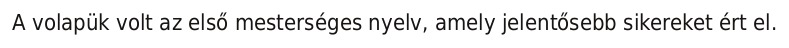
A volapük volt az első mesterséges nyelv, amely jelentősebb sikereket ért el.